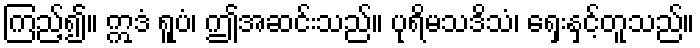
ကြည့်၍။ ဣဒံ ရူပံ၊ ဤအဆင်းသည်။ ပုရိမသဒိသံ၊ ရှေးနှင့်တူသည်။